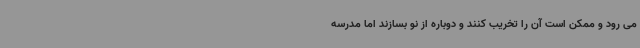
می رود و ممکن است آن را تخریب کنند و دوباره از نو بسازند اما مدرسه